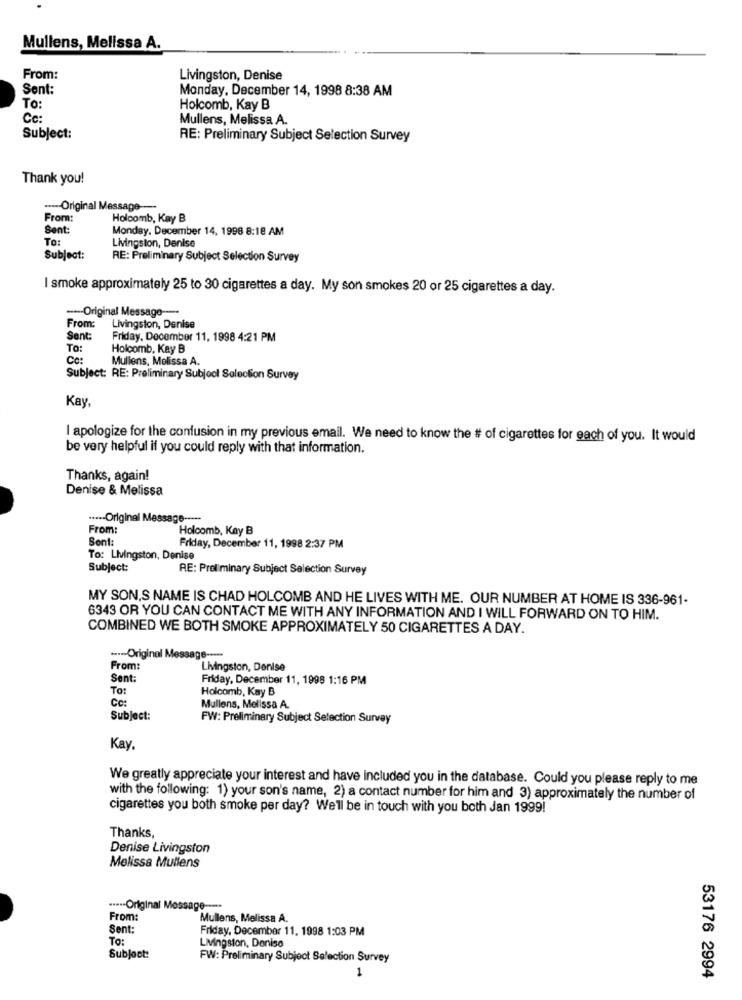
Mullens, Melissa A.
From:
Livingston, Denise
Sent:
Monday, December 14, 1998 8:38 AM
To:
Holcomb, Kay B
Cc:
Mullens, Melissa A.
Subject:
RE: Preliminary Subject Selection Survey
Thank you!
---- Original Message ---
From:
Holcomb, Kay B
Sent:
Monday, December 14, 1998 8:18 AM
To:
Livingston, Denise
Subject:
RE: Preliminary Subject Selection Survey
I smoke approximately 25 to 30 cigarettes a day. My son smokes 20 or 25 cigarettes a day.
---- Original Message ---
From:
Livingston, Denise
Sent
Friday, December 11, 1998 4:21 PM
TO:
Holcomb, Kay B
CC:
Mullens, Melissa A.
Subject: RE: Preliminary Subject Selection Survey
Kay
I apologize for the confusion in my previous email. We need to know the # of cigarettes for each of you. It would
be very helpful if you could reply with that information.
Thanks, again!
Denise & Melissa
....- Original Message -----
From:
Holcomb, Kay B
Sont:
Friday, December 11, 1998 2:37 PM
To: Livingston, Denise
Subject:
RE: Preliminary Subject Selection Survey
MY SON,S NAME IS CHAD HOLCOMB AND HE LIVES WITH ME. OUR NUMBER AT HOME IS 336-961-
6343 OR YOU CAN CONTACT ME WITH ANY INFORMATION AND I WILL FORWARD ON TO HIM.
COMBINED WE BOTH SMOKE APPROXIMATELY 50 CIGARETTES A DAY.
.--- Original Mes
From:
Livingston, Denise
Sent:
Friday, December 11, 1998 1:16 PM
To:
Holcomb, Kay B
Cc:
Mullens, Melissa A.
Subject:
FW: Preliminary Subject Selection Survey
Kay.
We greatly appreciate your interest and have included you in the database. Could you please reply to me
with the following: 1) your son's name, 2) a contact number for him and 3) approximately the number of
cigarettes you both smoke per day? We'll be in touch with you both Jan 1999!
Thanks,
Denise Livingston
Melissa Mullens
....- Original Message ---
From:
Mullens, Melissa A.
Sent:
Friday, December 11, 1998 1:03 PM
To:
LMngston, Denise
Subject:
FW: Preliminary Subject Selection Survey
1
53176 2994